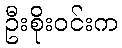
ဦးစိုးဝင်းက